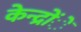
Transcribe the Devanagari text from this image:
केन्द्रोंें